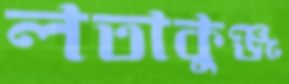
লতাকুঞ্জ